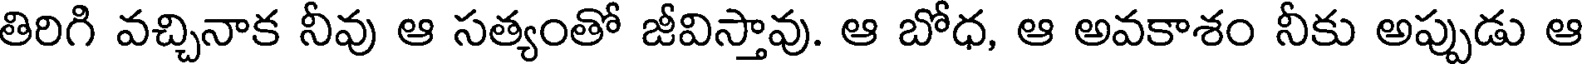
తిరిగి వచ్చినాక నీవు ఆ సత్యంతో జీవిస్తావు. ఆ బోధ, ఆ అవకాశం నీకు అప్పుడు ఆ